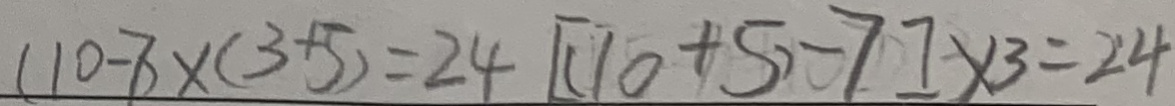
( 1 0 - 7 ) \times ( 3 + 5 ) = 2 4 [ ( 1 0 + 5 ) - 7 ] \times 3 = 2 4